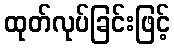
ထုတ်လုပ်ခြင်းဖြင့်